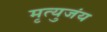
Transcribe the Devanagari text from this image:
मृत्युजंय